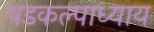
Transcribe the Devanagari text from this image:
षडकल्पाध्याय